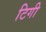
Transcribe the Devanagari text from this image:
टिगी